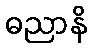
ဓညာနိ